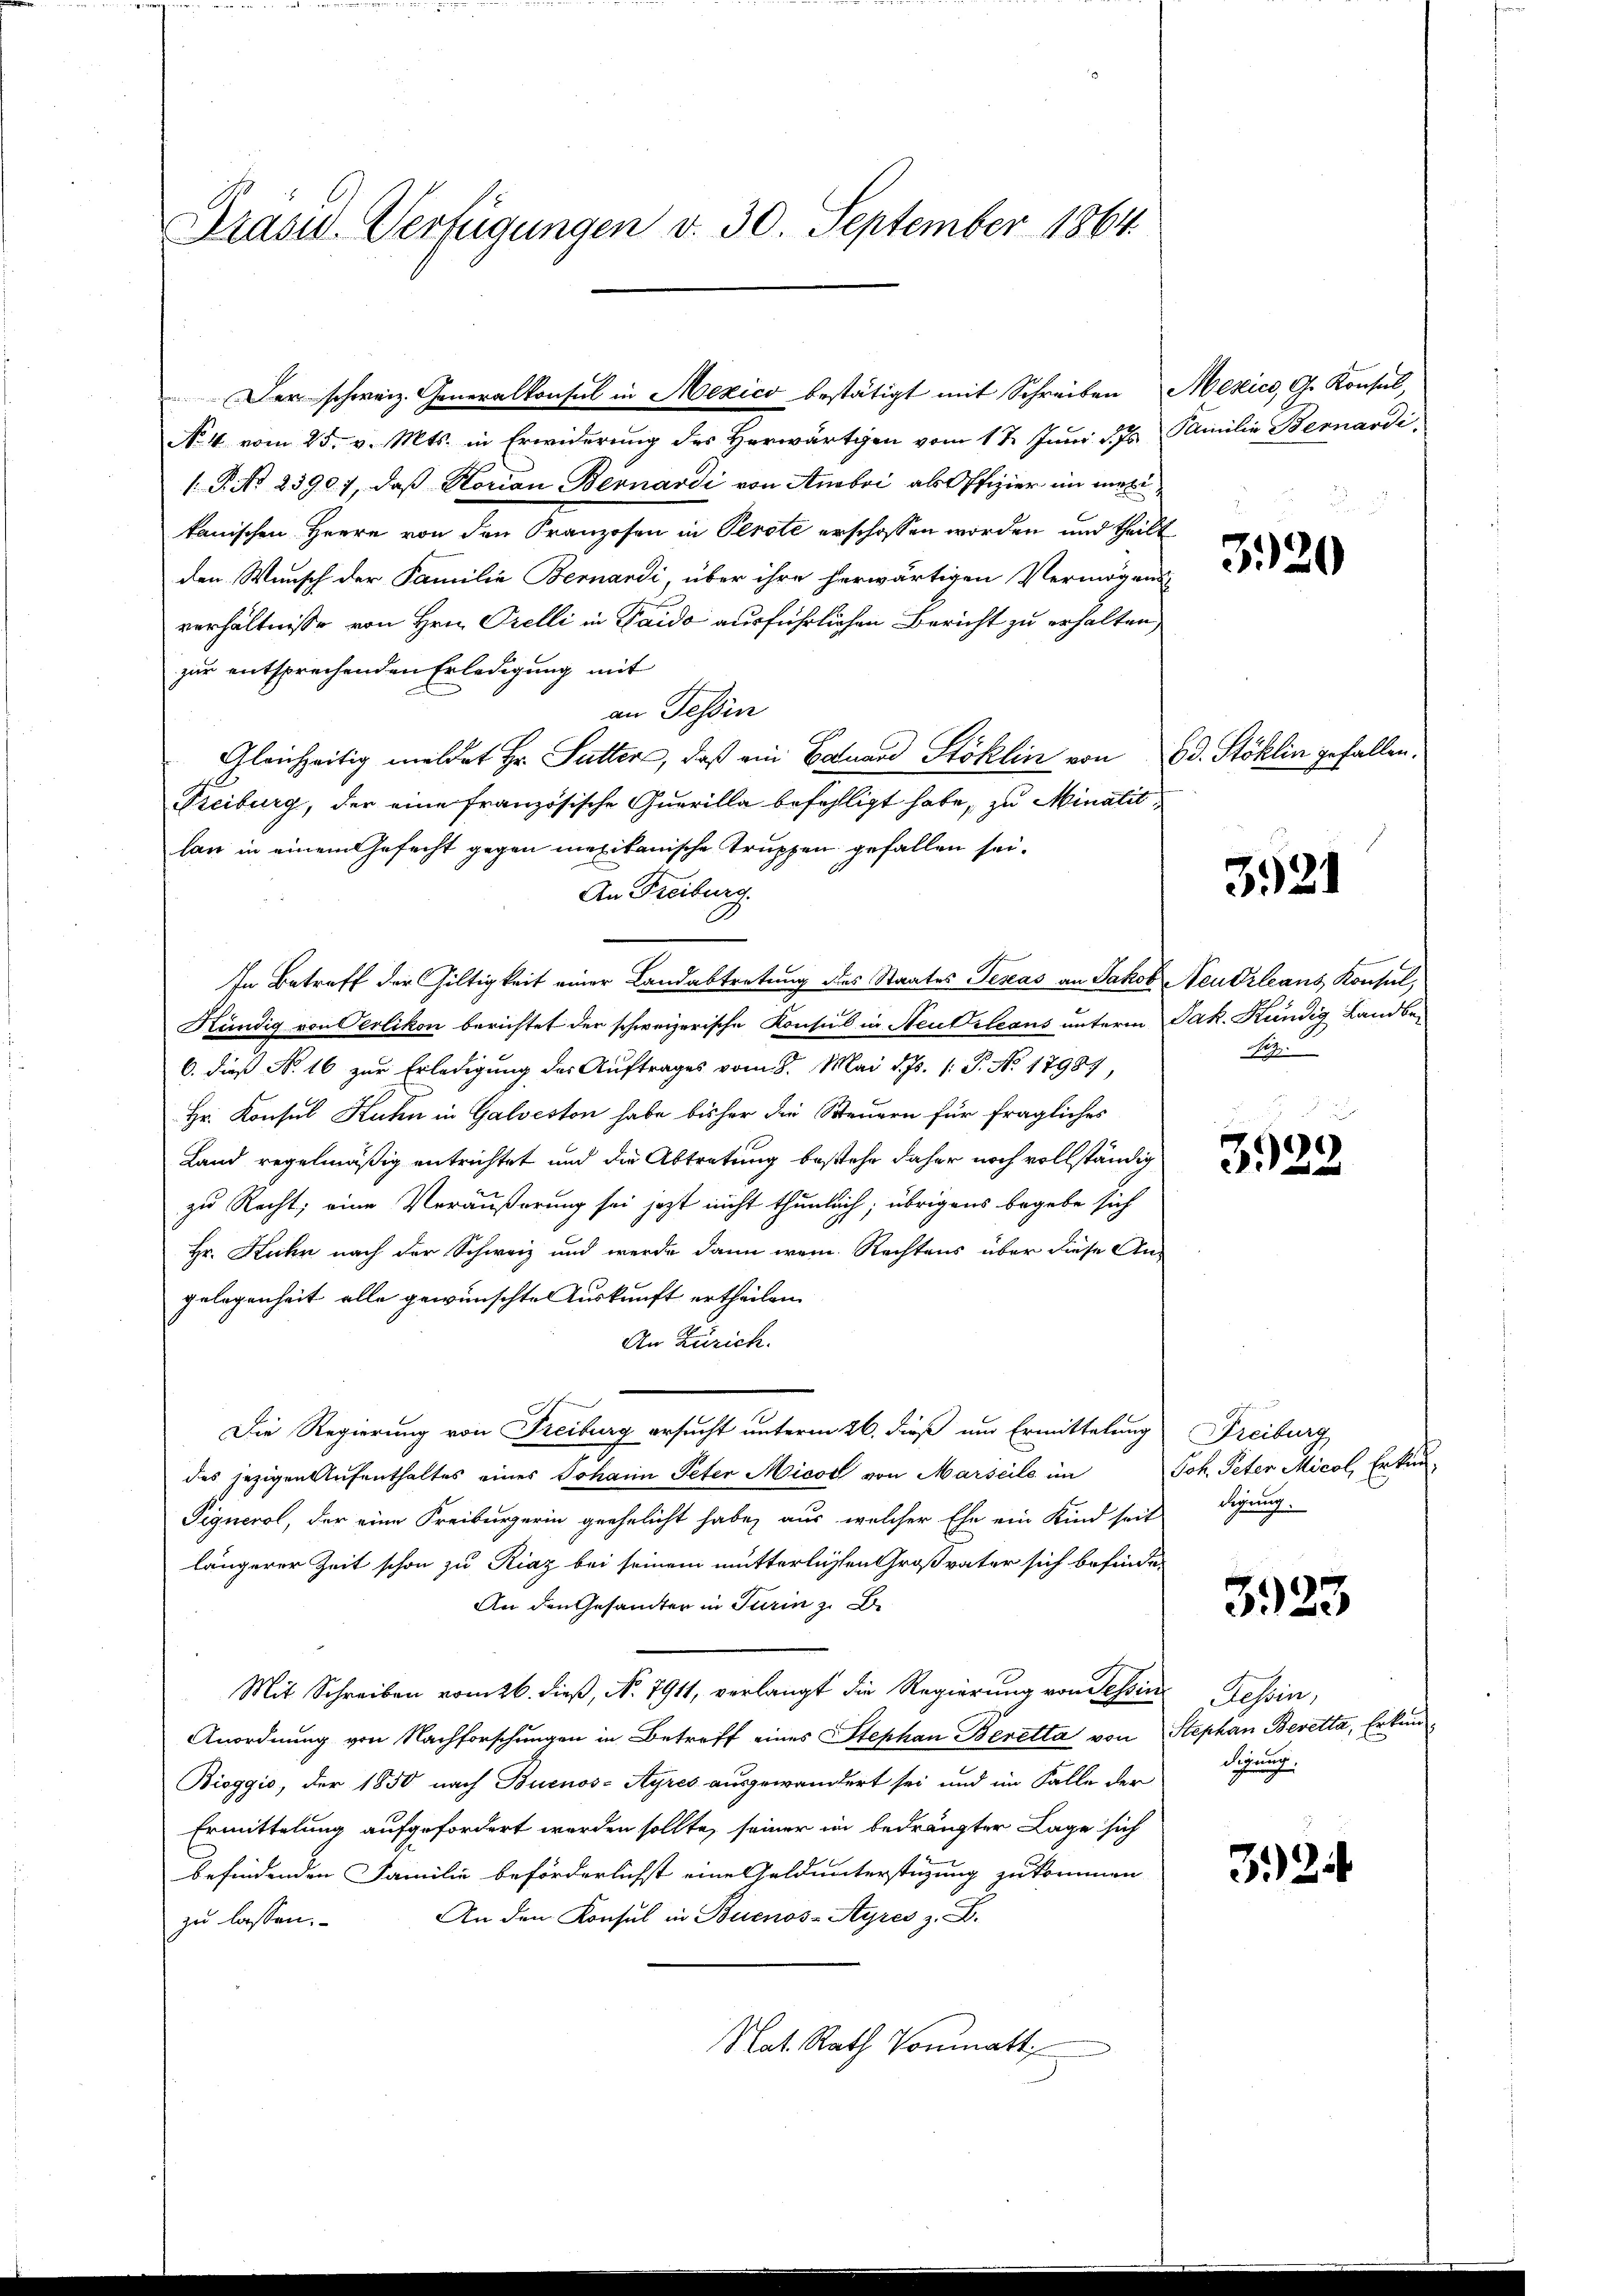
Präsid. Verfügungen v. 30. September 1864.

No. 4 vom 25. v. Mts. in Erwiderung des Herwärtigen vom 1t Juni d. 7
1 P. Nr. 23907, daß Korian Bernardi von Anbei als Offizier in meikanischen Herrn von den Franzosen in Perote erschossen worden und theilt
den Wunsch der Familie Bernardi, über ihre herwärtigen Vermögens
verhältnisse von Hrn. Orelli in Gaido ausführlichen Bericht zu erhalten,
zur entsprechenden Erledigung mit
an Tessin
Gleichzeitig meldet Hr. Sutter, daß ein Bauard Stoklin von Ed. Stoklin gefallen.
Treiburg, der eine französische Querilla befahligt habe, zu Minalit
lan in einem Gefecht gegen mexikanische Truppen gefallen sei.
An Freiburg.
In Betreff der Gültigkeit einer Landabtretung des Staates Texas an Jakob Neudrleans Konsul,
Kündig von Oerlikon berichtet der schweizerische Konsul in Neubeleaus unterm Jak. Kündig Landber
6. dieß No. 16 zur Erledigung des Auftrages vom 8. Mai d. Js. 1. P. No 17989,
Hr. Konsul Kuhn in Galveston habe bisher die Steuern für fragliches
Land regelmäßig entrichtet und die Abtretung bestehe daher noch vollständig
zu Recht; eine Veräußerung sei jetzt nicht thunlich; übrigens begebe sich
Hr. Kuhn nach der Schweiz und werde dann wem Rechtens über diese Angelegenheit alle gewünschte Auskunft ertheilen.
An Zürich.
Die Regierung von Freiburg ersucht unterm 26. dieß um Ermittelung
des jezigen Aufenthaltes eines Johann Peter Micot von Marseile im
Pignerol, der eine Freiburgerin geehelicht habe, aus, welcher Ehe ein Kind seit
längerer Zeit schon zu Riaz bei seinem mutterlichen Großvater sich befinde-
An den Gesamter in Turin z. B.
Mit Schreiben vom 26. dieß, N. 7911, verlangt die Regierung von dessin
Anordnung von Nachforschungen in Betreff eines Stephan Beretta von
Bioggio, der 1850 nach Buenos-Ayres ausgewandert sei und im Falle der
Ermittelung aufgefordert worden sollte, seiner in bedrängter Lage sich
befindenden Familie beförderlichst eine Geldunterstüzung zukommen
An den Konsul in Buenos-Ayres z. B.
zu lassen.
Nat. Rath Vormatt

Der schweiz. Generalkonsul in Mexico bestätigt mit Schreiben Mexico, G. Konsul

Familie Bernardi

320

3921

iz

3922

Freiburg
Joh. Peter Micol, Erkun
digung.

3923

Tessin,
Stephan Beretta, Erkun
Segnung

3.2.